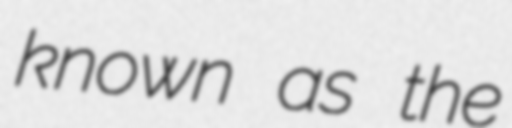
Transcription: known as the